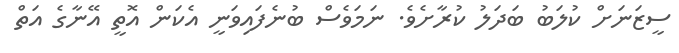
ސީޒަނަށް ކުލަބު ބަދަލު ކުރާށެވެ. ނަމަވެސް ބުނެފައިވަނީ އެކަން އޮތީ އޭނާގެ އަތް